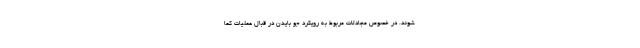
شوند. در خصوص مجادلات مربوط به رویکرد جو بایدن در قبال عملیات کما